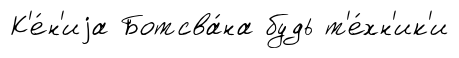
К'е́н'иjа Ботсва́на будь т'е́хн'ик'и